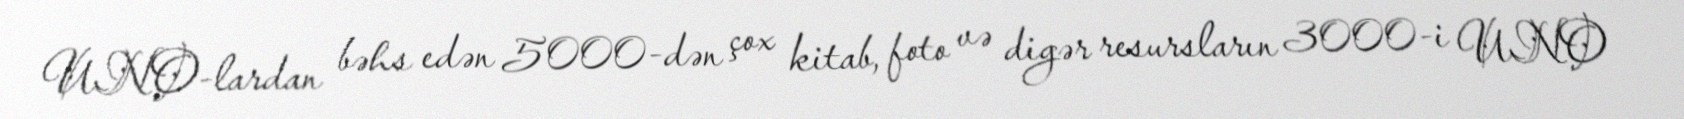
UNO-lardan bəhs edən 5000-dən çox kitab, foto və digər resursların 3000-i UNO